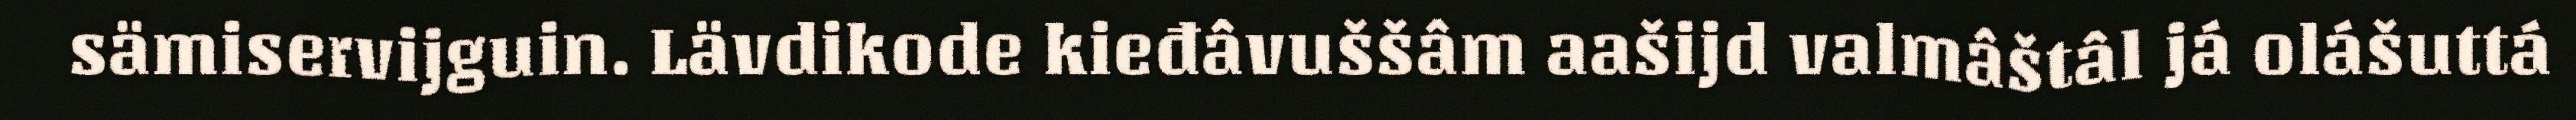
sämiservijguin. Lävdikode kieđâvuššâm aašijd valmâštâl já olášuttá